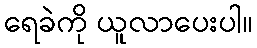
ရေခဲကို ယူလာပေးပါ။